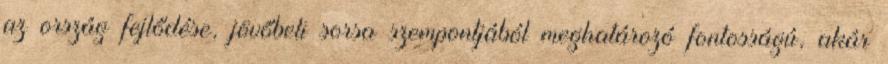
az ország fejlődése, jövőbeli sorsa szempontjából meghatározó fontosságú, akár